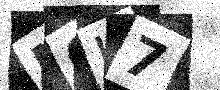
Text: M0H7